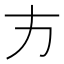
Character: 𭤧